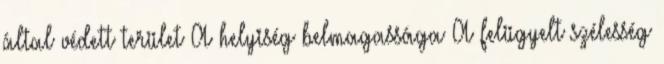
által védett terület A helyiség belmagassága A felügyelt szélesség